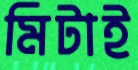
মিটাই